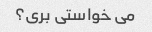
می خواستی بری؟